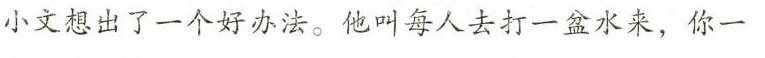
小文想出了一个好办法。他叫每人去打一盆水来，你一